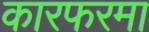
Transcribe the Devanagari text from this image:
कारफरमा